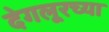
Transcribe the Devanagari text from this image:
देगलूरच्या